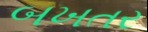
બખતર